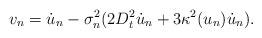
LaTeX: \begin{align*}v_n=\dot{u}_n-\sigma_n^2(2D_t^2\dot{u}_n+3\kappa^2(u_n)\dot{u}_n).\end{align*}